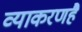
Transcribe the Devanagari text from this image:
व्याकरणहै